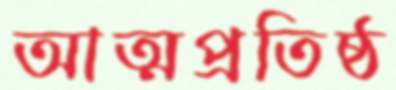
আত্মপ্রতিষ্ঠ